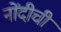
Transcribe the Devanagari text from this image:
नोंदीची